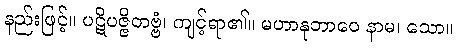
နည်းဖြင့်။ ပဋိပဇ္ဇိတဗ္ဗံ၊ ကျင့်ရာ၏။ မဟာနုဘာဝေ နာမ၊ သော။